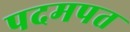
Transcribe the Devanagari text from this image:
पदमपत